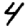
Digit: 4